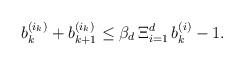
\begin{align*}b_k^{(i_k)} + b_{k + 1}^{(i_k)} \leq \beta_d\operatorname\Xi_{i = 1}^d b_k^{(i)} - 1.\end{align*}